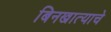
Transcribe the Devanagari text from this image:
बिनखात्याचे